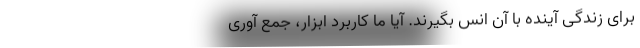
برای زندگی آینده با آن انس بگیرند. آیا ما کاربرد ابزار، جمع آوری